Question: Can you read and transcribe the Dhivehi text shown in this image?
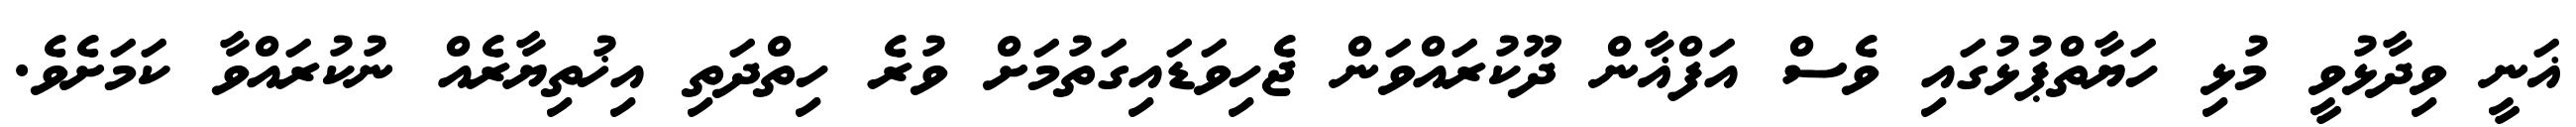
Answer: ޣަނީ ވިދާޅުވީ މުޅި ހަޔާތްޕުޅުގައި ވެސް އަފްޣާން ދޫކުރައްވަން ޖެހިވަޑައިގަތުމަށް ވުރެ ހިތްދަތި އިޚުތިޔާރެއް ނުކުރައްވާ ކަމަށެވެ.